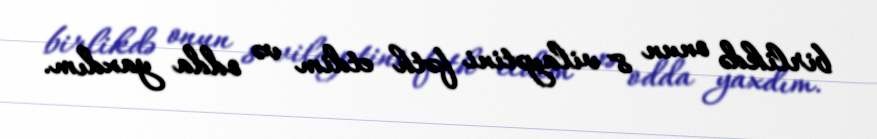
birlikdə onun 8 vilayətini fəth etdim və odda yaxdım.